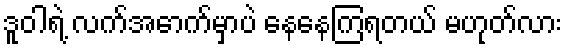
ဒူဝါရဲ့ လက်အောက်မှာပဲ နေနေကြရတယ် မဟုတ်လား